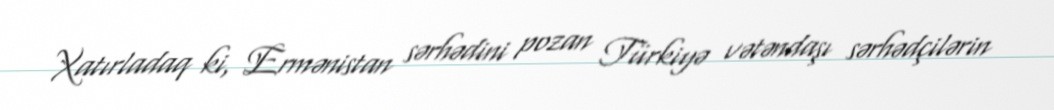
Xatırladaq ki, Ermənistan sərhədini pozan Türkiyə vətəndaşı sərhədçilərin